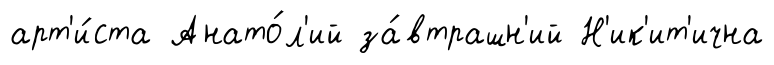
арт'и́ста Анато́л'ий за́втрашн'ий Н'ик'ит'ична